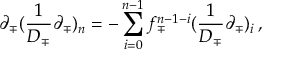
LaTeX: \partial _ { \mp } ( \frac 1 { D _ { \mp } } \partial _ { \mp } ) _ { n } = - \sum _ { i = 0 } ^ { n - 1 } f _ { \mp } ^ { n - 1 - i } ( \frac 1 { D _ { \mp } } \partial _ { \mp } ) _ { i } \, ,